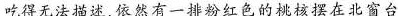
吃得无法描述，依然有一排粉红色的桃核摆在北窗台